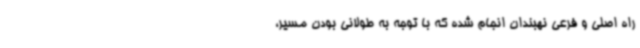
راه اصلی و فرعی نهبندان انجام شده که با توجه به طولانی بودن مسیر،